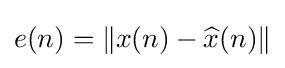
e(n)=\|x(n)-{\widehat {x}}(n)\|